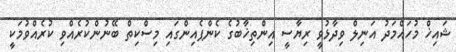
ޝައިޚް މުހައްމަދު އަނިލް ވިދާޅުވީ ރިޔާސީ އިންތިޚާބުގެ ކެންޕެއިންގައި މިސްކިތް ބޭނުންކުރެއްވި ކުރެއްވުމަކީ